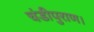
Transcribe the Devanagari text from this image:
चंडीपुराण।